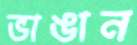
ভাঙান